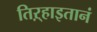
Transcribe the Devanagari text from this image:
तिऱ्हाइतानं